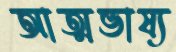
আত্মভাষ্য